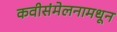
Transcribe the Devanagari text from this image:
कवीसंमेलनामधून